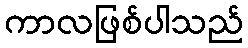
ကာလဖြစ်ပါသည်